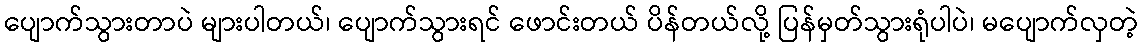
ပျောက်သွားတာပဲ များပါတယ်၊ ပျောက်သွားရင် ဖောင်းတယ် ပိန်တယ်လို့ ပြန်မှတ်သွားရုံပါပဲ၊ မပျောက်လှတဲ့